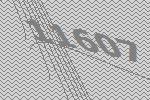
11607